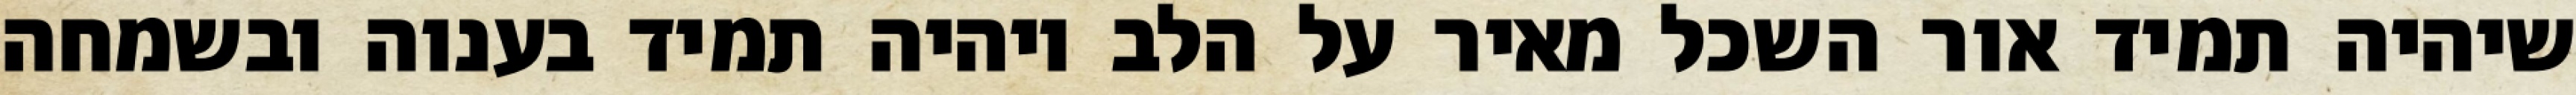
שיהיה תמיד אור השכל מאיר על הלב ויהיה תמיד בענוה ובשמחה